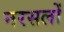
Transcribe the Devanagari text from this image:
नरसलों